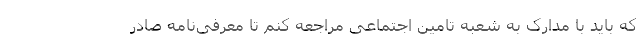
که باید با مدارک به شعبه تامین اجتماعی مراجعه کنم تا معرفی‌نامه صادر